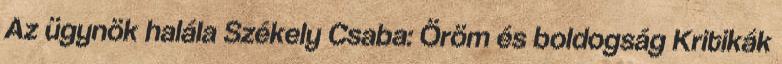
Az ügynök halála Székely Csaba: Öröm és boldogság Kritikák